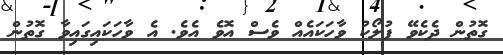
ގޮތުން ދެކެވޭ ފުލޯކު ވާހަކައެއް ވެސް އޮވެ އެވެ. އެ ވާހަކައިގައިވާ ގޮތުން